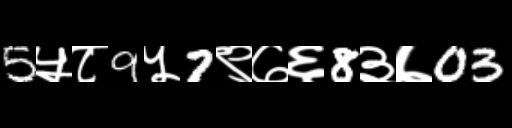
Text: 5५८9५7९७६8३७03